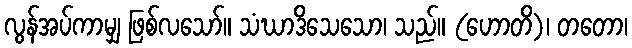
လွန်အပ်ကာမျှ ဖြစ်လသော်။ သံဃာဒိသေသော၊ သည်။ (ဟောတိ)၊ တတော၊